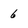
Character: 6